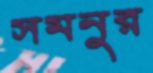
সমনুর